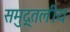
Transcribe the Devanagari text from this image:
समुद्र्तलीय